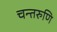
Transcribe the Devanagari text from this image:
चन्तरुणि